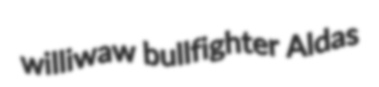
williwaw bullfighter Aldas